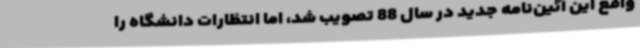
واقع این آئین‌نامه جدید در سال 88 تصویب شد، اما انتظارات دانشگاه را